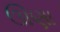
ઊણા